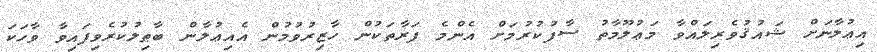
އިޢުލާނަށް ޝައުޤުވެރިލައްވާ މަޢުލޫމާތު ސާފުކުރުމަށް އެންމެ ފަރާތަކުން ހާޒިރުވުމުން އެއިޢުލާން ބާޠިލުކުރެވިފައިވާ ވާހަކަ